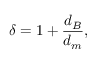
\delta = 1 + \frac { d _ { B } } { d _ { m } } ,